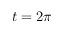
t = 2 \pi